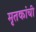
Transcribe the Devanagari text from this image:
मृतकांची